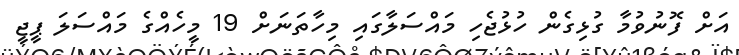
އަށް ފޮނުވުމާ ގުޅިގެން ހުޅުޖެހި މައްސަލާގައި މިހާތަނަށް 19 މީހެއްގެ މައްސަލަ ޕީޖީ